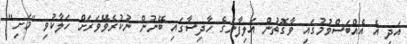
އަދި އެ އެއްބަސްވުމުގައި ވާގޮތުން އަލިފާނުގެ ހާދިސާގައި ބޭނުން ނުކުރެވޭވަރަށް ހަލާކުވި "މަށި"